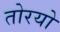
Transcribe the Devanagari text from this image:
तोरयो